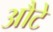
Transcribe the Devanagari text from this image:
औटे